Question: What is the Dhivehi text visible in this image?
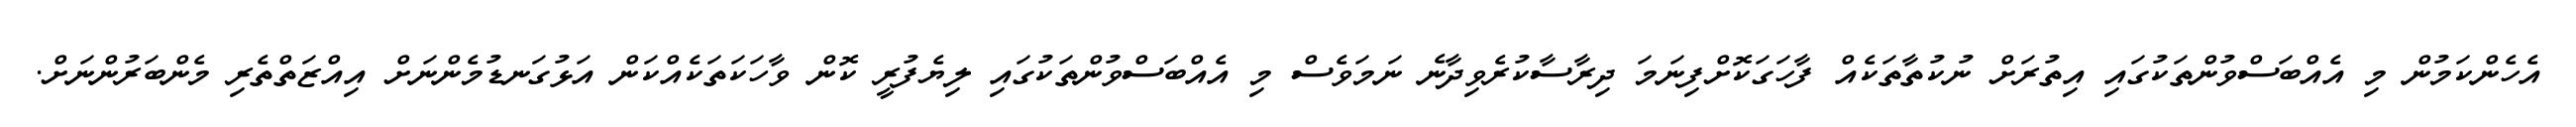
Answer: އެހެންކަމުން މި އެއްބަސްވުންތަކުގައި އިތުރަށް ނުކުތާތަކެއް ފާހަގަކޮށްފިނަމަ ދިރާސާކުރެވިދާނެ ނަމަވެސް މި އެއްބަސްވުންތަކުގައި ލިޔެފުރީ ކޮން ވާހަކަތަކެއްކަން އަޅުގަނޑުމެންނަށް އިއްޒަތްތެރި މެންބަރުންނަށް.